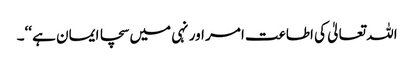
اللہ تعالیٰ کی اطاعت امر اور نہی میں سچا ایمان ہے ‘‘۔